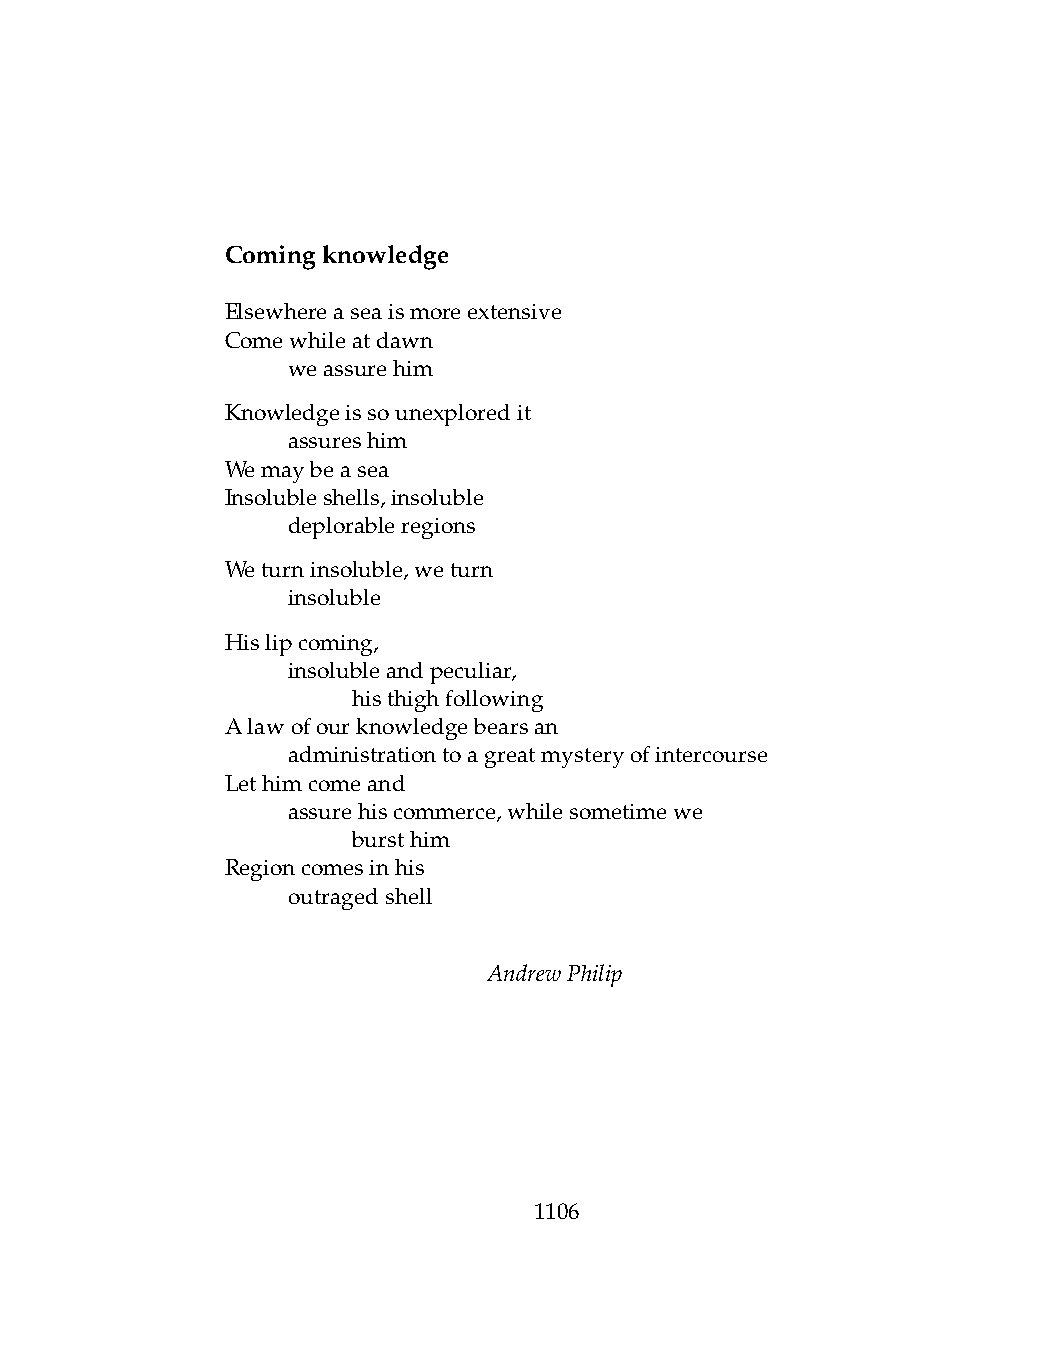
Comingknowledge
 Elsewhereaseaismoreextensive
 Comewhileatdawn
 .   weassurehim
 Knowledgeissounexploredit
 .   assureshim
 Wemaybeasea
 Insolubleshells,insoluble
 .   deplorableregions
 Weturninsoluble,weturn
 .   insoluble
 Hislipcoming,
 .   insolubleandpeculiar,
 .   .   histhighfollowing
 Alawofourknowledgebearsan
 .   administrationtoagreatmysteryofintercourse
 Lethimcomeand
 .   assurehiscommerce,whilesometimewe
 .   .   bursthim
 Regioncomesinhis
 .   outragedshell
 AndrewPhilip
 1106